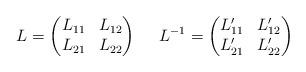
LaTeX: \begin{align*}L=\begin{pmatrix}L_{11} & L_{12}\\L_{21} & L_{22}\end{pmatrix} \ \ \ \ L^{-1}=\begin{pmatrix}L_{11}' & L_{12}'\\L_{21}' & L_{22}'\end{pmatrix}\end{align*}